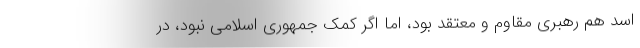
اسد هم رهبری مقاوم و معتقد بود، اما اگر کمک جمهوری اسلامی نبود، در